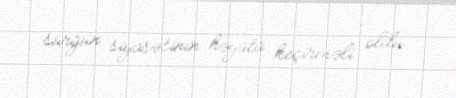
sürgün siyasətinin həyata keçirməli oldu.